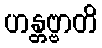
ဟန္တဗ္ဗာတိ